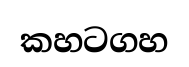
කහටගහ